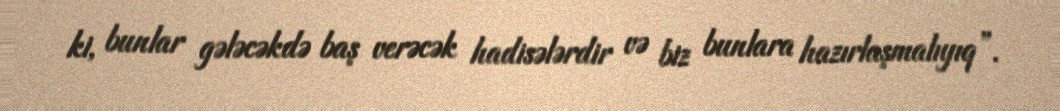
ki, bunlar gələcəkdə baş verəcək hadisələrdir və biz bunlara hazırlaşmalıyıq”.